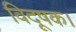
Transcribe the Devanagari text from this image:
विदूषक।